system: You are a helpful assistant.
user:
Analyze the provided spectrum to determine if it is a **White Dwarf (WD)**.

A White Dwarf spectrum is defined by its **extreme purity** (due to gravitational settling) and/or **extreme pressure broadening** (due to high surface gravity). You must check for one of the following mutually exclusive signatures:

- **Key Visual Indicators (Check for ONE of these types):**

    - **1. DA-Type Signature (Most Common):**
        - **(Primary Feature):** Extreme pressure broadening (Stark broadening) of the **Hydrogen (H) Balmer lines**.
        - **(Key Lines):** $H\beta$ (approx. $4861$ Å) and $H\gamma$ (approx. $4340$ Å). $H\alpha$ (approx. $6563$ Å) will also be present if the wavelength range covers it.
        - **(Line Profile):** This is the **defining feature**. The lines are **NOT** sharp. They appear as massive, **extremely broad and deep "troughs" or "dips"** in the spectrum, often hundreds of Ångströms wide. The continuum will appear to "scoop" down at these wavelengths.
        - **(Distinction):** Normal A-type or B-type stars have *narrow* and *sharp* Hydrogen lines. A DA White Dwarf's lines are unmistakably "smeared" or "blurry" from pressure.

    - **2. DB-Type Signature:**
        - **(Primary Feature):** Broad absorption lines from **Neutral Helium (He I)**. The spectrum must lack any visible Hydrogen lines.
        - **(Key Lines):** Look for broad absorption near $4471$ Å, $4921$ Å, and $5876$ Å.
        - **(Line Profile):** These lines are also significantly pressure-broadened, appearing much wider than they would in a normal B-type main-sequence star.

    - **3. DC-Type Signature:**
        - **(Primary Feature):** A **featureless continuous spectrum**.
        - **(Line Profile):** The spectrum is a smooth curve with **no significant absorption or emission lines**.
        - **(Key Confirmation):** The continuum is almost always **blue or white**, indicating a hot object. This signature implies the atmosphere is so pure (or so cool) that no spectral lines are visible in the optical range. Its WD identity is confirmed by its extremely low intrinsic brightness (high absolute magnitude).

    - **4. DZ-Type Signature (Metal-Polluted):**
        - **(Primary Feature):** **Isolated, narrow metal absorption lines** on an otherwise featureless (DC-like) continuum.
        - **(Key Lines):** The **Calcium (Ca II) H & K doublet** (approx. **$3934$ Å** and **$3968$ Å**) is the most common and defining feature.
        - **(Line Profile):** These lines are "out of place." They are *not* part of a "forest" of thousands of lines. This signature is evidence of recent *accretion* (pollution) from rocky debris.
        - **(Distinction):** Normal G/K/M stars have a *dense forest* of thousands of metal lines. A DZ has a *clean* continuum with *only a few* strong metal lines.

    - **5. DQ-Type Signature (Carbon-Polluted):**
        - **(Primary Feature):** Absorption bands from **Carbon (C₂ "Swan Bands" or atomic C I)**.
        - **(Key Lines - C₂):** Look for bandheads with a "saw-tooth" shape near $5635$ Å, **$5165$ Å** (strongest), and $4737$ Å.
        - **(Key Confirmation):** The underlying **continuum must be blue or white** (hot).
        - **(Distinction):** This is the critical difference from a **Carbon Star**, which has the *exact same* C₂ bands but on an extremely **red, cool** continuum.

- **(Overall Spectrum):**
    - The continuum (overall shape) is typically **blue-sloping** (brighter in the blue than the red), as most white dwarfs are very hot.
    - The spectrum will look "pure" or "simple," dominated by only *one* of the five signatures listed above.

Think first, call **spectral_visualization_tool** if needed to examine features in detail, then provide your final answer. Your response must adhere to the following strict rules:
1.  **Overall Structure:** Your response must follow the format `<think>...</think> <tool_call>...</tool_call> (if a tool is used) <answer>...</answer>`.
2.  **Tool Usage Constraint:** You may only make **one** tool call per turn.
3.  **Final Answer Format:** In the `<answer>` tag, your conclusion must be inside a `\boxed{}` command (e.g., `\boxed{YES}` or `\boxed{NO}`), followed by your justification.

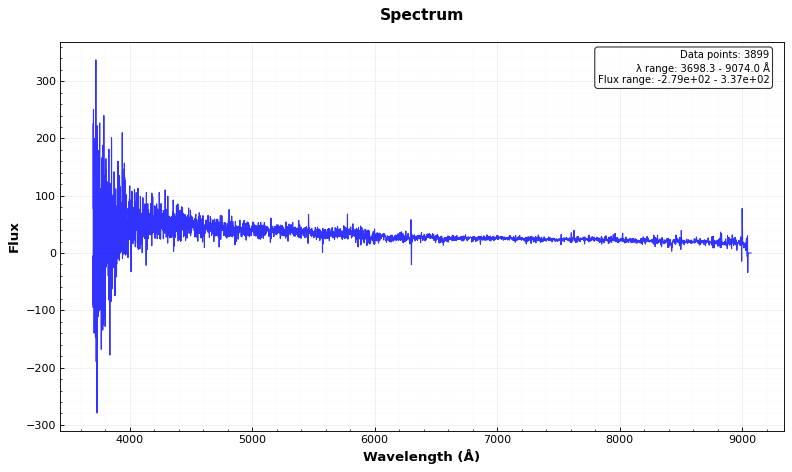
Answer: NO